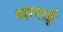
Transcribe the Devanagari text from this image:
शाराई